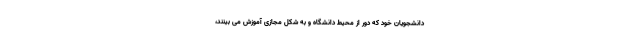
دانشجویان خود که دور از محیط دانشگاه و به شکل مجازی آموزش می بینند،